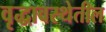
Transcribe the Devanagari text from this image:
वृद्धावस्थेतील